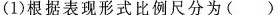
(1)根据表现形式比例尺分为()